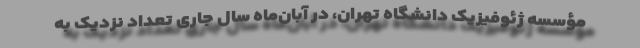
مؤسسه ژئوفیزیک دانشگاه تهران، در آبان‌ماه سال جاری تعداد نزدیک به